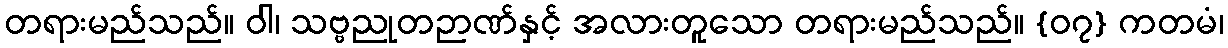
တရားမည်သည်။ ဝါ၊ သဗ္ဗညုတဉာဏ်နှင့် အလားတူသော တရားမည်သည်။ {၀၇} ကတမံ၊